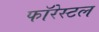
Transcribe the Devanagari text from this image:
फॉरेस्टल